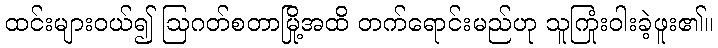
ထင်းများဝယ်၍ ဩဂတ်စတာမြို့အထိ တက်ရောင်းမည်ဟု သူကြုံးဝါးခဲ့ဖူး၏။